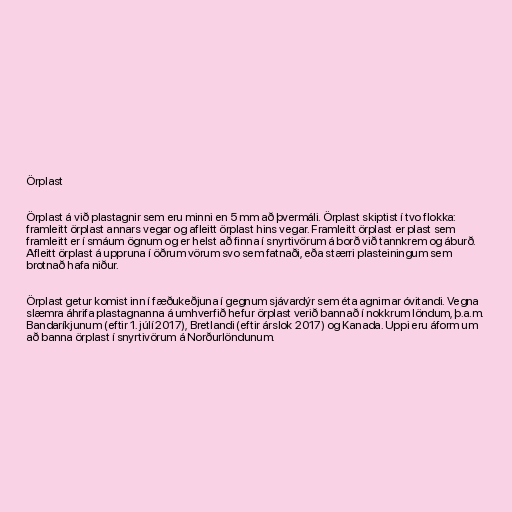
Örplast

Örplast á við plastagnir sem eru minni en 5 mm að þvermáli. Örplast skiptist í tvo flokka:
framleitt örplast annars vegar og afleitt örplast hins vegar. Framleitt örplast er plast sem
framleitt er í smáum ögnum og er helst að finna í snyrtivörum á borð við tannkrem og áburð.
Afleitt örplast á uppruna í öðrum vörum svo sem fatnaði, eða stærri plasteiningum sem
brotnað hafa niður.

Örplast getur komist inn í fæðukeðjuna í gegnum sjávardýr sem éta agnirnar óvitandi. Vegna
slæmra áhrifa plastagnanna á umhverfið hefur örplast verið bannað í nokkrum löndum, þ.a.m.
Bandaríkjunum (eftir 1. júlí 2017), Bretlandi (eftir árslok 2017) og Kanada. Uppi eru áform um
að banna örplast í snyrtivörum á Norðurlöndunum.